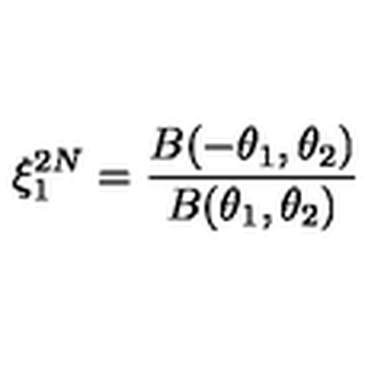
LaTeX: \xi _ { 1 } ^ { 2 N } = \frac { B ( - \theta _ { 1 } , \theta _ { 2 } ) } { B ( \theta _ { 1 } , \theta _ { 2 } ) }